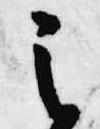
之